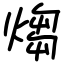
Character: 煼